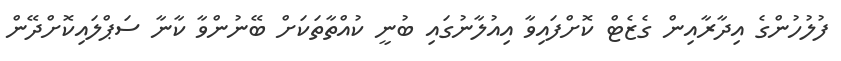
ފުލުހުންގެ އިދާރާއިން ގެޒެޓް ކޮށްފައިވާ އިއުލާނުގައި ބުނީ ކުއްތާތަކަށް ބޭނުންވާ ކާނާ ސަޕްލައިކޮށްދޭން